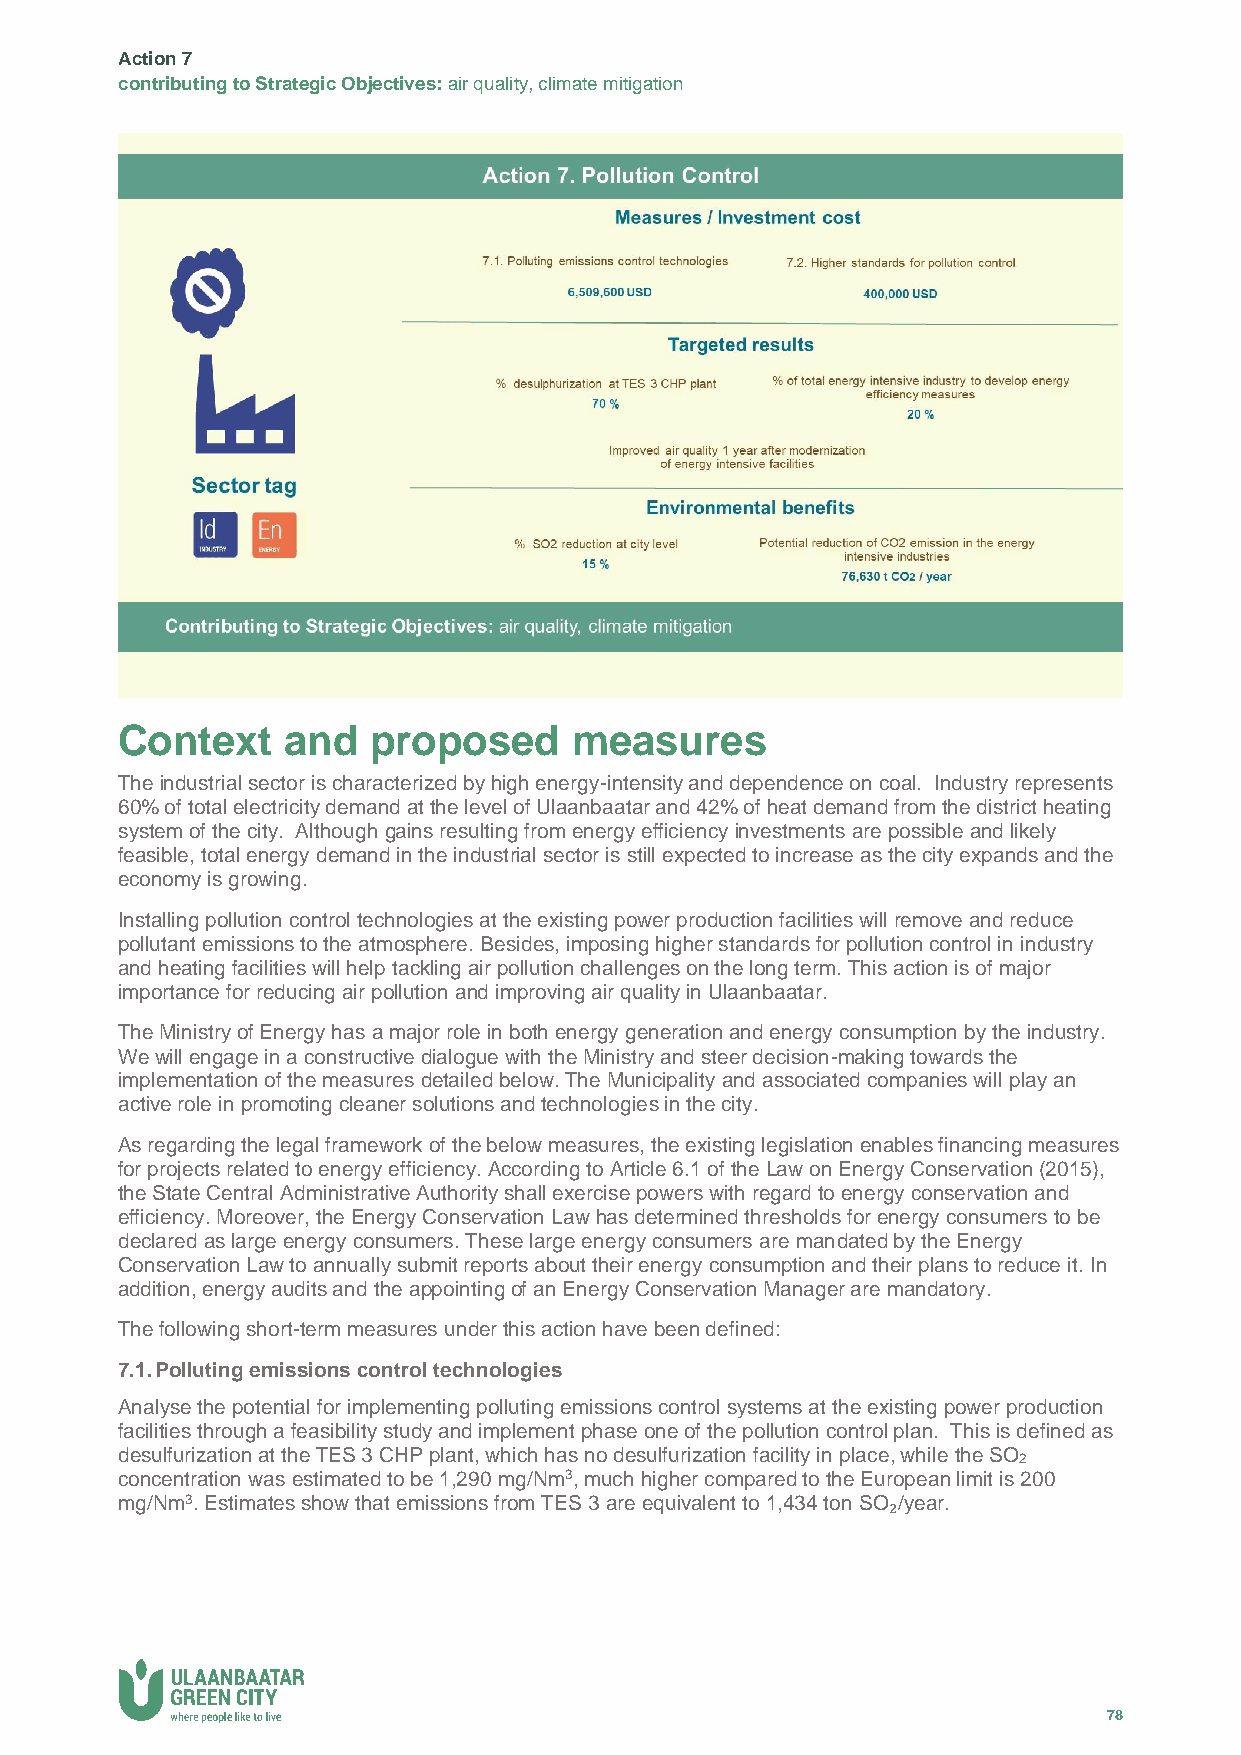
Action 7
 contributing to Strategic Objectives: air quality, climate mitigation
 Context    and   proposed     measures
 The industrial sector is characterized by high energy-intensity and dependence on coal. Industry represents
 60% of total electricity demand at the level of Ulaanbaatar and 42% of heat demand from the district heating
 system of the city. Although gains resulting from energy efficiency investments are possible and likely
 feasible, total energy demand in the industrial sector is still expected to increase as the city expands and the
 economy is growing.
 Installing pollution control technologies at the existing power production facilities will remove and reduce
 pollutant emissions to the atmosphere. Besides, imposing higher standards for pollution control in industry
 and heating facilities will help tackling air pollution challenges on the long term. This action is of major
 importance for reducing air pollution and improving air quality in Ulaanbaatar.
 The Ministry of Energy has a major role in both energy generation and energy consumption by the industry.
 We will engage in a constructive dialogue with the Ministry and steer decision-making towards the
 implementation of the measures detailed below. The Municipality and associated companies will play an
 active role in promoting cleaner solutions and technologies in the city.
 As regarding the legal framework of the below measures, the existing legislation enables financing measures
 for projects related to energy efficiency. According to Article 6.1 of the Law on Energy Conservation (2015),
 the State Central Administrative Authority shall exercise powers with regard to energy conservation and
 efficiency. Moreover, the Energy Conservation Law has determined thresholds for energy consumers to be
 declared as large energy consumers. These large energy consumers are mandated by the Energy
 Conservation Law to annually submit reports about their energy consumption and their plans to reduce it. In
 addition, energy audits and the appointing of an Energy Conservation Manager are mandatory.
 The following short-term measures under this action have been defined:
 7.1. Polluting emissions control technologies
 Analyse the potential for implementing polluting emissions control systems at the existing power production
 facilities through a feasibility study and implement phase one of the pollution control plan. This is defined as
 desulfurization at the TES 3 CHP plant, which has no desulfurization facility in place, while the SO
 2
 concentration was estimated to be 1,290 mg/Nm3, much higher compared to the European limit is 200
 mg/Nm3. Estimates show that emissions from TES 3 are equivalent to 1,434 ton SO₂/year.
 78